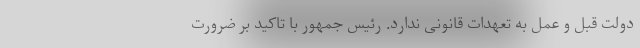
دولت قبل و عمل به تعهدات قانونی ندارد. رئیس جمهور با تاکید بر ضرورت